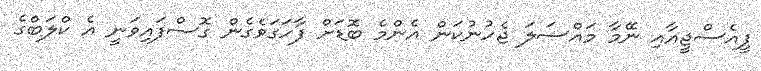
ޕީއެސްޖީއާއި ނޭމާ މައްސަލަ ޖެހުނުކަން އެންމެ ބޮޑަށް ފާހަގަވެގެން ގޮސްފައިވަނީ އެ ކްލަބްގެ